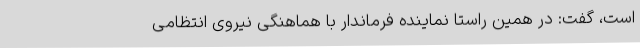
است، گفت: در همین راستا نماینده فرماندار با هماهنگی نیروی انتظامی